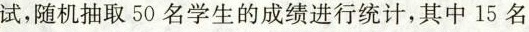
试，随机抽取50名学生的成绩进行统计，其中15名